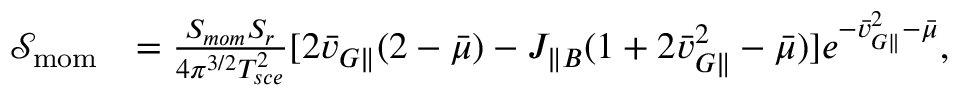
\begin{array} { r l } { \mathcal { S } _ { \mathrm { m o m } } } & { = \frac { S _ { m o m } S _ { r } } { 4 \pi ^ { 3 / 2 } T _ { s c e } ^ { 2 } } [ 2 \bar { v } _ { G \parallel } ( 2 - \bar { \mu } ) - J _ { \parallel B } ( 1 + 2 \bar { v } _ { G \parallel } ^ { 2 } - \bar { \mu } ) ] e ^ { - \bar { v } _ { G \parallel } ^ { 2 } - \bar { \mu } } , } \end{array}